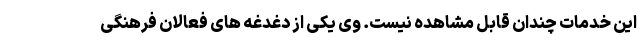
این خدمات چندان قابل مشاهده نیست. وی یکی از دغدغه های فعالان فرهنگی